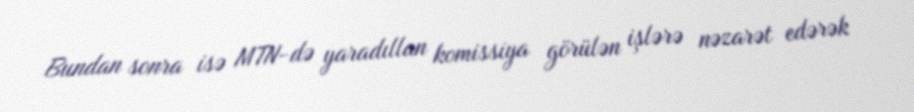
Bundan sonra isə MTN-də yaradıllan komissiya görülən işlərə nəzarət edərək